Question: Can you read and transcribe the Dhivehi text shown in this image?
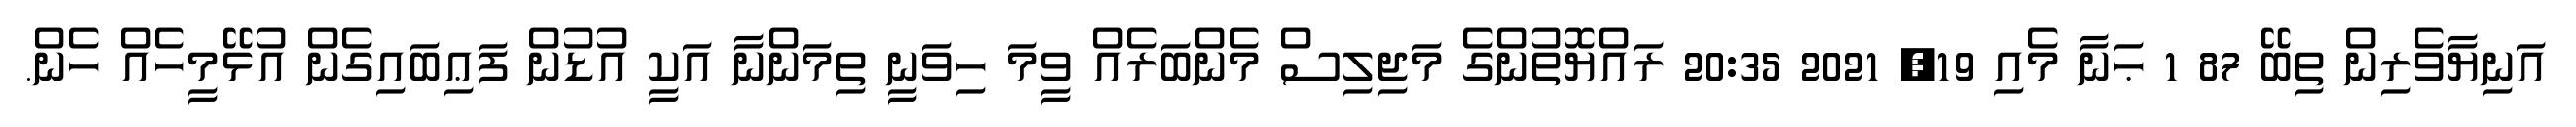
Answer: އަނިޔާވެރިން ތިބޭ 87 1 ޙަނާ މެއި 19, 2021 20:35 ރައްޔޮތުންގެ މަޖިލިސް މެންބަރެއް ވީމަ ހިވަނީ ތިމަންނާ އަކީ އުޑުން ފަޢިބައިގެން އުޅޭމީހެއް ހެން.